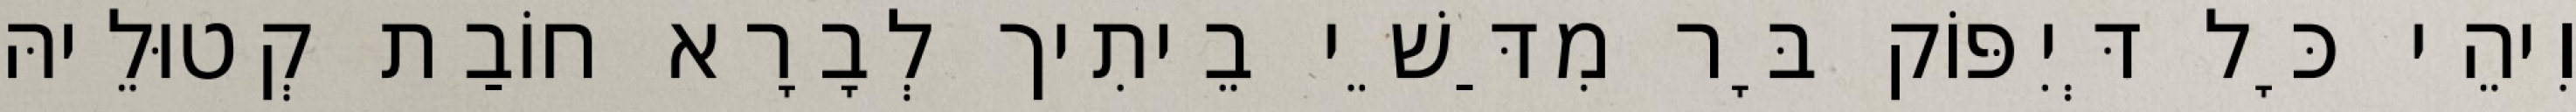
וִיהֵי כָּל דְּיִפּוֹק בָּר מִדַּשֵׁי בֵיתִיך לְבָרָא חוֹבַת קְטוּלֵיהּ